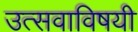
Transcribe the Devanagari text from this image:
उत्सवाविषयी